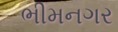
ભીમનગર